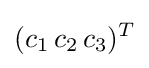
(c_{1}\,c_{2}\,c_{3})^{T}